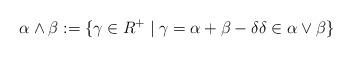
LaTeX: \begin{align*} \alpha \wedge \beta := \{ \gamma \in R^+ \mid \gamma = \alpha + \beta - \delta \delta \in \alpha \vee \beta \} \end{align*}